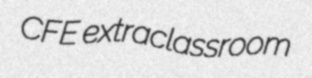
CFE extraclassroom